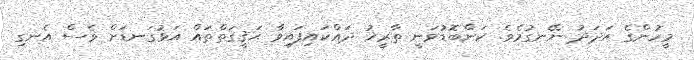
މީހުންގެ އަދަދު ނޭނގުމެވެ. ކަންބޮޑުވަނީ ތާރީޚު ދައްކައިފައިވާ ޙަޤީޤަތްތައް އަޅުގަނޑަށް ވެސް އެނގި